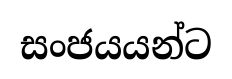
සංජයයන්ට